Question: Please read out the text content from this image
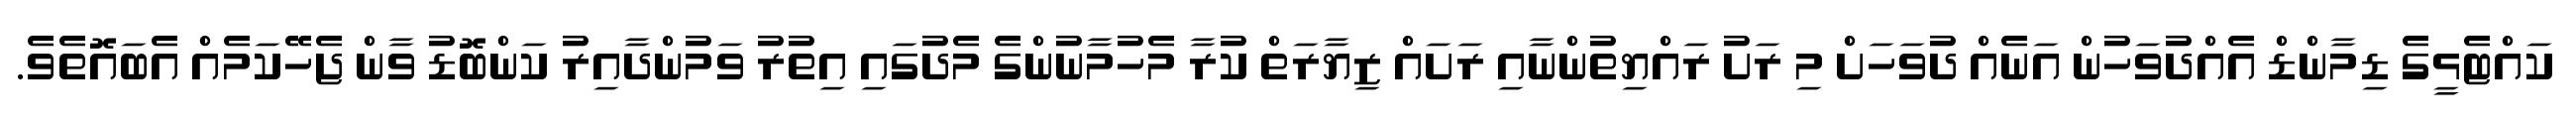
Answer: ކައްޓެޅީގެ ޑިމާންޑް އެއްދުވަހުން އަނެއް ދުވަހަށް މި ރަށު ރައްޔިތުންނާއި ރަށައް ޒިޔާރަތް ކުރާ މެހުމާނުންގެ މެދުގައި އިތުރު ވަމުންދާއިރު ކަންބޮޑު ވާން ޖެހޭކަމެއް އެބައޮތެވެ.